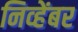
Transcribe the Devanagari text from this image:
निव्हेंबर